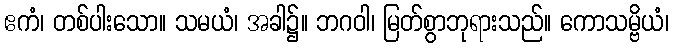
ဧကံ၊ တစ်ပါးသော။ သမယံ၊ အခါ၌။ ဘဂဝါ၊ မြတ်စွာဘုရားသည်။ ကောသမ္ဗိယံ၊